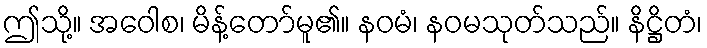
ဤသို့။ အဝေါစ၊ မိန့်တော်မူ၏။ နဝမံ၊ နဝမသုတ်သည်။ နိဋ္ဌိတံ၊